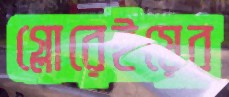
গ্লোরেইয়ের